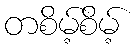
တစိမ့်စိမ့်